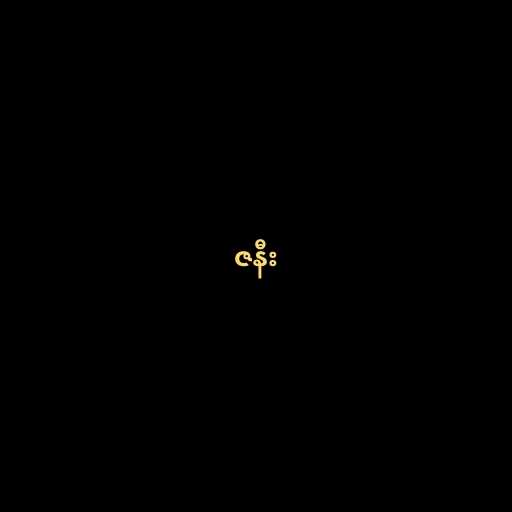
ဇနီး